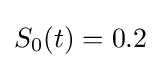
S_{0}(t)=0.2